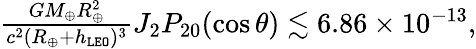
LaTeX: \begin{array}{r}{\frac{GM_{\oplus}R_{\oplus}^{2}}{c^{2}(R_{\oplus}+h_{\tt LEO})^{3}}J_{2}P_{20}(\cos\theta)\lesssim 6.86\times 10^{-13},}\end{array}